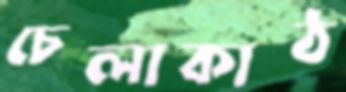
চেলাকাঠ